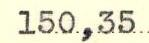
150,35